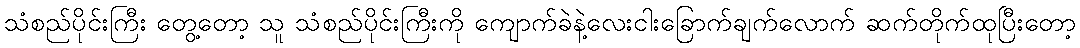
သံစည်ပိုင်းကြီး တွေ့တော့ သူ သံစည်ပိုင်းကြီးကို ကျောက်ခဲနဲ့လေးငါးခြောက်ချက်လောက် ဆက်တိုက်ထုပြီးတော့